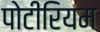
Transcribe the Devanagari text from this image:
पोटीरियम